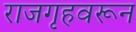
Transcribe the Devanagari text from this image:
राजगृहवरून